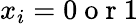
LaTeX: x_{i}=0\mathrm{~o~r~}1